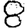
Digit: 8